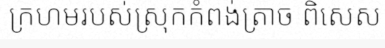
ក្រហមរបស់ស្រុកកំពង់ត្រាច ពិសេស